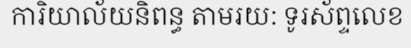
ការិយាល័យនិពន្ធ តាមរយ: ទូរស័ព្ទលេខ